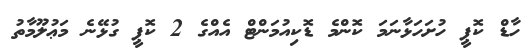
ހާޑް ކޮޕީ ހުށަހަޅާނަމަ ކޮންމެ ޑޮކިއުމަންޓް އެއްގެ 2 ކޮޕީ ގުޅޭނެ މަޢުލޫމާތު